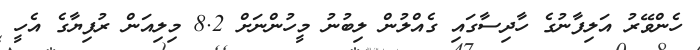
ހެންވޭރު އަލިފާނުގެ ހާދިސާގައި ގެއްލުން ލިބުނު މީހުންނަށް 8.2 މިލިއަން ރުފިޔާގެ އެހީ